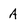
Character: A